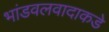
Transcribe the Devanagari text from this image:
भांडवलवादाकडे